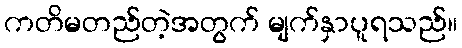
ကတိမတည်တဲ့အတွက် မျက်နှာပူရသည်။